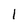
Character: l